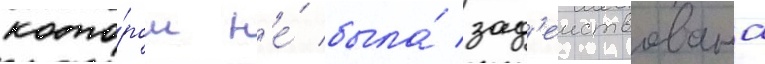
кото́ром н'е́ была́ зад'еиствована